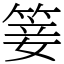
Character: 䈉